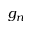
g _ { n }